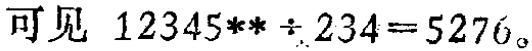
可见 \(12345** \div 234 = 5276\)。